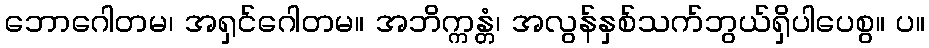
ဘောဂေါတမ၊ အရှင်ဂေါတမ။ အဘိက္ကန္တံ၊ အလွန်နှစ်သက်ဘွယ်ရှိပါပေစွ။ ပ။